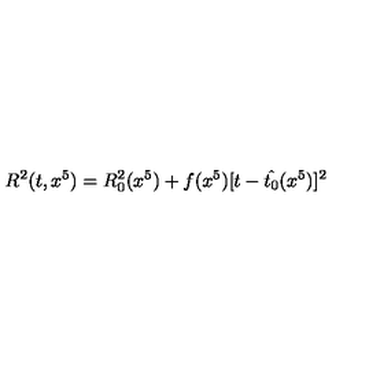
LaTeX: R ^ { 2 } ( t , x ^ { 5 } ) = R _ { 0 } ^ { 2 } ( x ^ { 5 } ) + f ( x ^ { 5 } ) [ t - \hat { t _ { 0 } } ( x ^ { 5 } ) ] ^ { 2 }